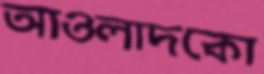
আওলাদকো